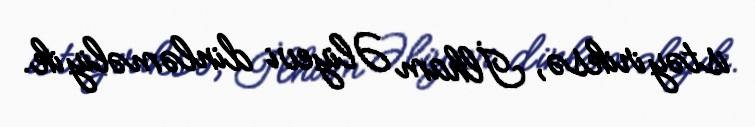
istəyiriksə, İlham Əliyevi dinləməliyik.